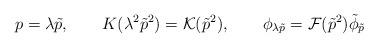
LaTeX: \begin{align*}p=\lambda\tilde p,\qquad K(\lambda^2\tilde p^2)={\cal K}(\tilde p^2), \qquad \phi_{\lambda\tilde p}={\cal F}(\tilde p^2)\tilde\phi_{\tilde p}\end{align*}